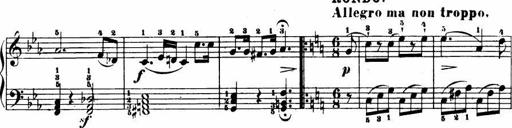
Title: Le bouquetier
Composer: Anton Diabelli
Key: G major
 C major
 F major
 C major